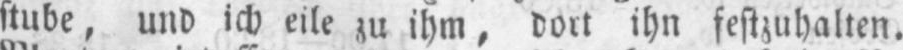
stube‚ und ich eile zu ihm, dort ihn festzuhalten.